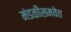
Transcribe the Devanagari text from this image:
मंडळींसमवेत